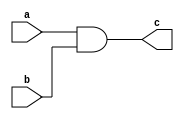
`timescale 1ns / 1ps

module and_gate(input a,
                input b,
                output c);
                
    assign c = a & b;
                
endmodule